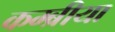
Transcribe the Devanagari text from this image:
कम्ब्रीया